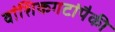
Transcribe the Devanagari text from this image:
वांशिकगटांपैकी